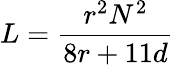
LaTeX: L={\frac{r^{2}N^{2}}{8r+11d}}